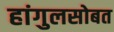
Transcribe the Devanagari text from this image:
हांगुलसोबत